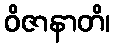
ဝိဇာနာတိ၊